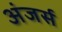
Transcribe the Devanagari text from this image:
अंजर्स